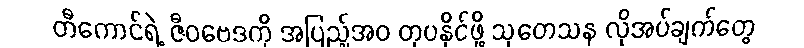
တီကောင်ရဲ့ ဇီဝဗေဒကို အပြည့်အဝ တုပနိုင်ဖို့ သုတေသန လိုအပ်ချက်တွေ